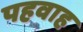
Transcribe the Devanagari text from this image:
पहवाह